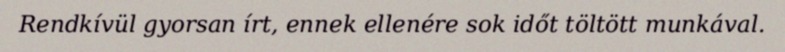
Rendkívül gyorsan írt, ennek ellenére sok időt töltött munkával.